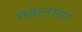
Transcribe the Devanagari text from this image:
मक़्ताया